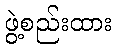
ဖွဲ့စည်းထား